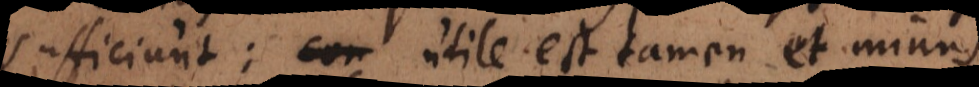
sufficiunt: utile est tamen et minus